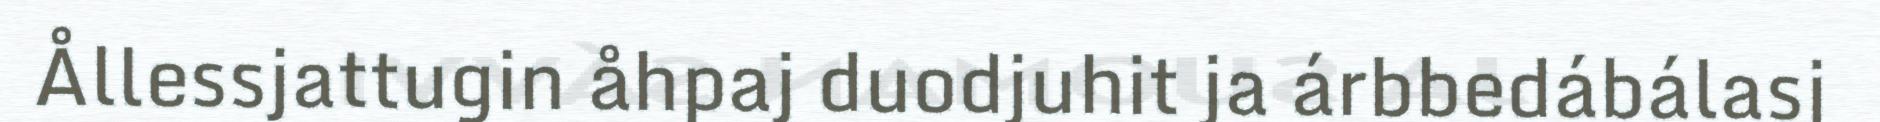
Ållessjattugin åhpaj duodjuhit ja árbbedábálasj